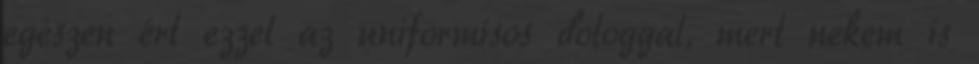
egészen ért ezzel az uniformisos dologgal, mert nekem is